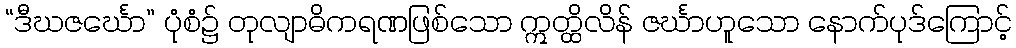
“ဒီဃဇင်္ဃော” ပုံစံ၌ တုလျာဓိကရဏဖြစ်သော ဣတ္ထိလိန် ဇင်္ဃာဟူသော နောက်ပုဒ်ကြောင့်